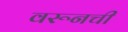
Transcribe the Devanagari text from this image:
वरूनची